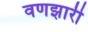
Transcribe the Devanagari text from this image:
वणझारी